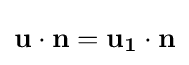
\mathbf {u} \cdot \mathbf {n} =\mathbf {u_{1}} \cdot \mathbf {n}